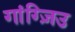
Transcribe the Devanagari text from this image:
गांग्ज़िउ